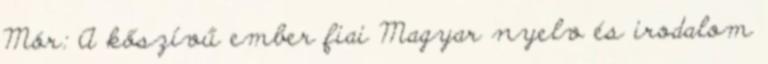
Mór: A kőszívű ember fiai Magyar nyelv és irodalom